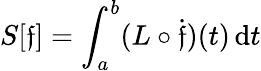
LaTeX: S[\mathfrak{f}]=\int_{a}^{b}(L\circ{\dot{{\mathfrak{f}}}})(t)\, \mathrm{{d}}t